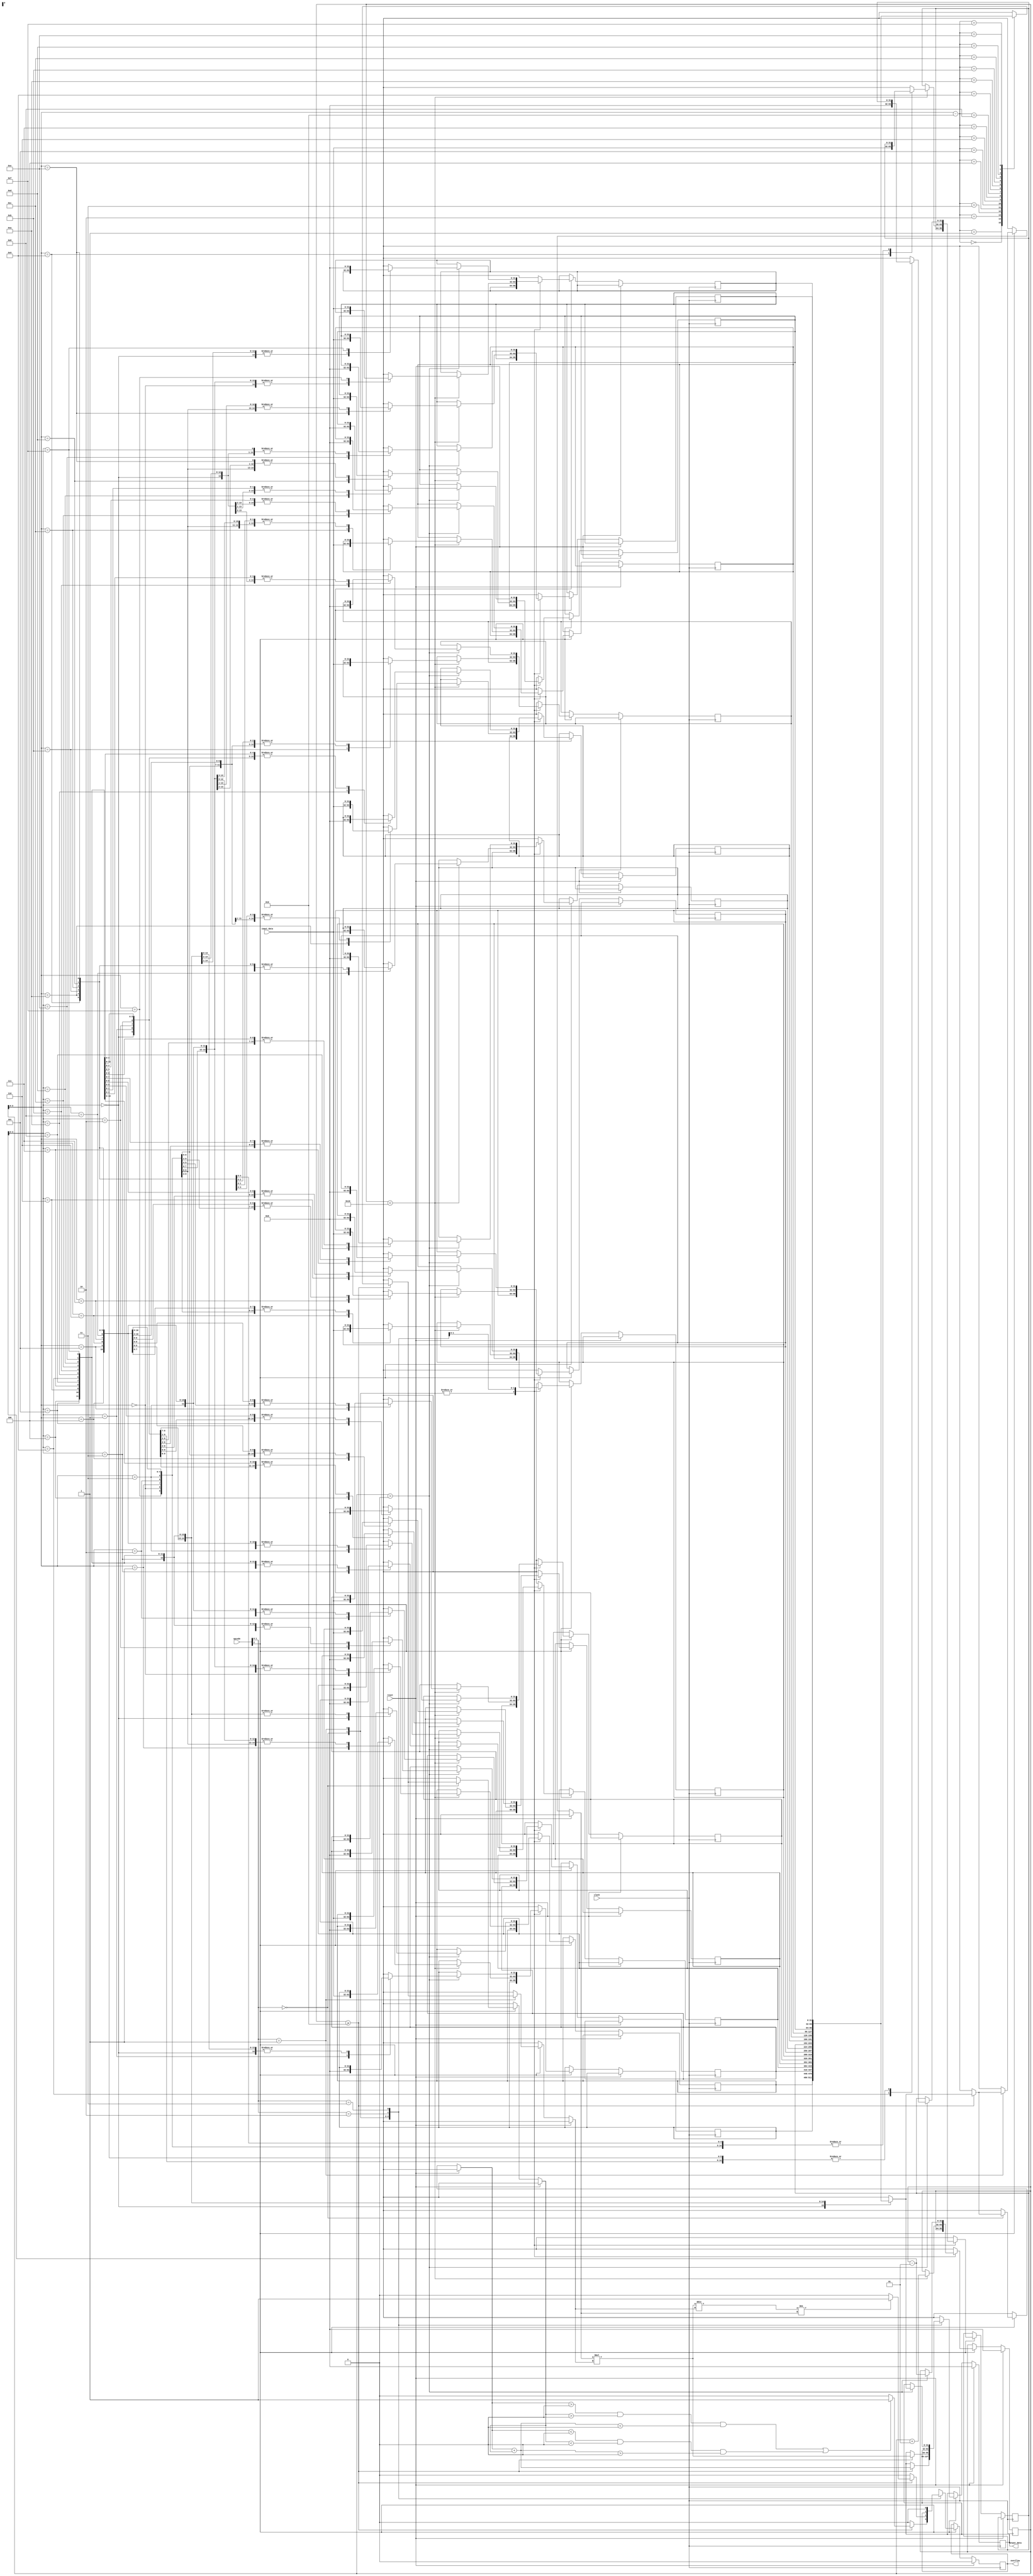
module STACK_BASED_ALU
			#(parameter n = 32 , parameter size = 16) 
			(input clock, input reset, input [2:0] opcode,
    			input signed [n - 1: 0] input_data,
    			output reg signed [n - 1: 0] output_data,
    			output reg overflow);

    		integer pointer;
    		reg signed [n - 1:0] stack [size - 1:0];

    		always @(posedge clock) begin
        		if (reset) begin
            			pointer = 0;
            			output_data = 0;
            			overflow = 0;
        		end else begin
            				if(opcode[2] != 0) begin
                				case (opcode[1:0])
                    					2'b00: begin // Opcode: 100 => Addition
								overflow = 0;
                        					if (pointer >= 2) begin
                            						output_data = stack[pointer - 1] + stack[pointer - 2];
									// check if the sign has changed:
                            						if ((stack[pointer - 1] > 0 && stack[pointer - 2] > 0 && output_data < 0) ||
                                					(stack[pointer - 1] < 0 && stack[pointer - 2] < 0 && output_data > 0))
                                						overflow = 1;
								end
                    					end
                    					2'b01: begin // Opcode: 101 => Multiply
								overflow = 0;
                        					if (pointer >= 2) begin
                            						output_data = stack[pointer - 1] * stack[pointer - 2];
									// check if the sign has changed:
                            						if (output_data / stack[pointer - 2] != stack[pointer - 1])
                                					overflow = 1;
								end
							end
                    					2'b10: begin // Opcode: 110 => Push
                        					if (pointer < size) begin
                            						stack[pointer] = input_data;
                            						pointer = pointer + 1;
                        					end
                    					end
                    					2'b11: begin // Opcode: 111 => Pop
								overflow = 0;
                        					if (pointer > 0) begin
                            						output_data = stack[pointer - 1]; 
                            						stack[pointer - 1] = {n{1'b0}};
                            						pointer = pointer - 1;
                        					end
                    					end
                				endcase
            				end
        		end
    		end


endmodule